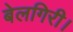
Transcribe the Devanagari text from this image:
बेलगिरी।